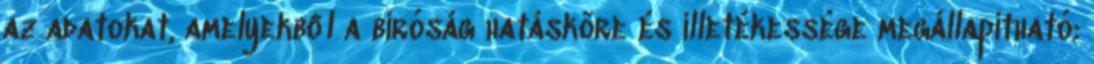
az adatokat, amelyekből a bíróság hatásköre és illetékessége megállapítható;